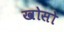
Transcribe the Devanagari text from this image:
खोसो